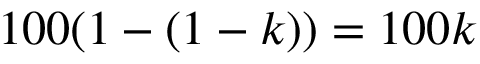
1 0 0 ( 1 - ( 1 - k ) ) = 1 0 0 k \